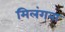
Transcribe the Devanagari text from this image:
मिलंगना